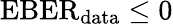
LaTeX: \mathrm{EBER}_{\mathrm{data}}\le 0